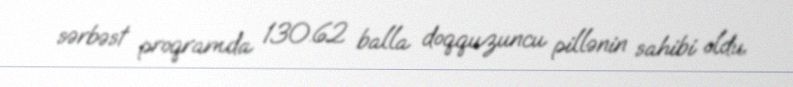
sərbəst proqramda 130.62 balla doqquzuncu pillənin sahibi oldu.